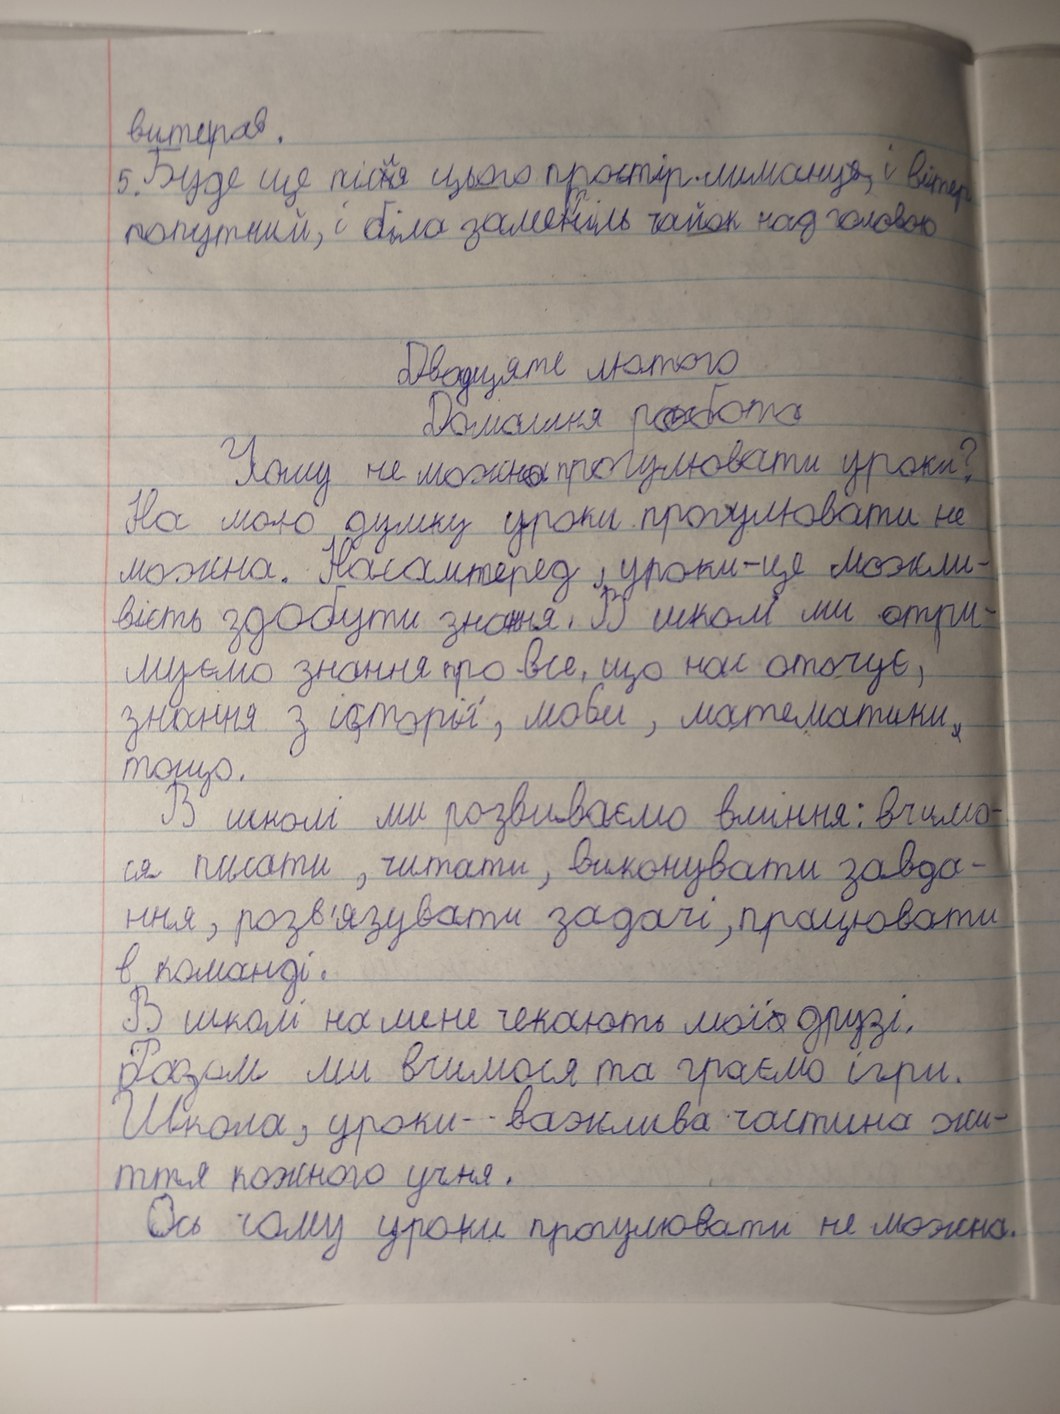
витирав.
5. Буде ще після цього простір лиманця, і вітер
попутний, і біла заметіль чайок над головою
Двадцяте лютого
Домашня робота
Чому не можна прогулювати уроки?
На мою думку уроки прогулювати не
можна. Насамперед, уроки-це можли-
вість здобути знання. В школі ми отри-
муємо знання про все, що нас оточує,
знання з історії, мови, математики --,--
тощо.
В школі ми розвиваємо вміння: вчимо-
ся писати, читати, виконувати завда-
ння, розв'язувати задачі, працювати
в команді.
В школі на мене чекають мої друзі.
Разом ми вчимося та граємо ігри.
Школа, уроки - важлива частина жи-
ття кожного учня.
Ось чому уроки прогулювати не можна.